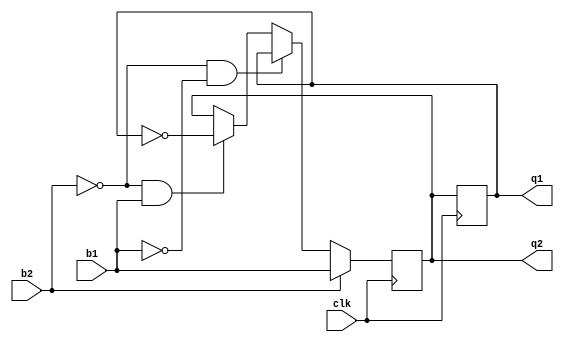
module flipflop(b1, b2, clk, q1, q2);

    input clk, b1, b2;
    output reg q1, q2;

    initial begin
        q1 = 0;
        q2 = 0;
    end

    always@(posedge clk)begin

    if(b2 == 1'b1)
    begin
        q2=b1;
    end

    else if((b2 == 1'b0) & (b1 == 1'b0))
    begin
        q2=q1;
    end

    else if((b2 == 1'b0) & (b1 == 1'b1))
    begin
        q2=~q1;
    end

    end
    always @(negedge clk ) begin
        q1 = q2;
    end
endmodule

module tb;
    reg B1, B2, CLK;
    wire Q1, Q2;


    flipflop soln(B1, B2, CLK, Q1, Q2);

    always begin
    #5;
    CLK = ~CLK;  
    end 

    always @(posedge CLK) begin
        $display("B1 = %b, B2 = %b, Q1 = %b, Q2 = %b", B1, B2, Q1, Q2);
    end

    initial begin 
        CLK=0; B1= 0; B2= 0;
        #10; B1 = 0; B2 = 0; 
        #10; B1 = 0; B2 = 0; 
        #10; B1 = 1; B2 = 0; 
        #10; B1 = 1; B2 = 1; 
        #10; B1 = 0; B2 = 1; 
        #10;
        $finish;
    end 

endmodule